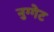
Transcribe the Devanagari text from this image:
नुग्गेट